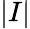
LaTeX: \lvert I\rvert